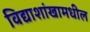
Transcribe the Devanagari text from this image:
विद्याशांखामधील